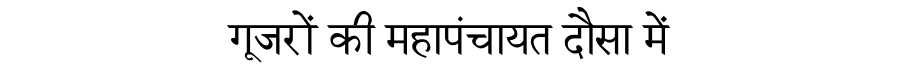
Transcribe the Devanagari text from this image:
गूजरों की महापंचायत दौसा में